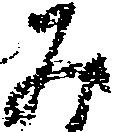
み